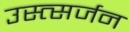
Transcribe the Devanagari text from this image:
उस्त्सर्जन